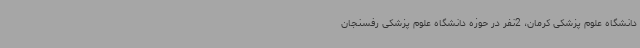
دانشگاه علوم پزشکی کرمان، 2نفر در حوزه دانشگاه علوم پزشکی رفسنجان